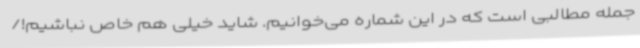
جمله مطالبی است که در این شماره می‌خوانیم. شاید خیلی هم خاص نباشیم!/